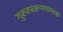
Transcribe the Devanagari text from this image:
गुरुस्वरूपमस्माकं